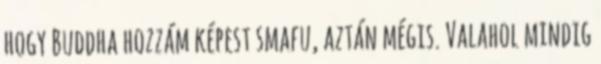
hogy Buddha hozzám képest smafu, aztán mégis. Valahol mindig